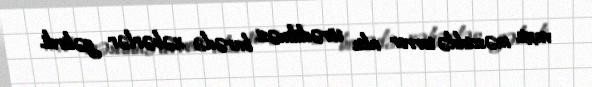
vaxtı məsciddə terror aktı törədilməsi barədə xəbərlər gəlirdi.